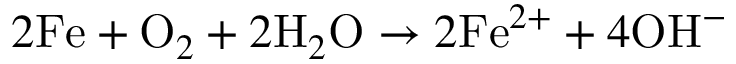
2 \mathrm { F e } + \mathrm { O } _ { 2 } + 2 \mathrm { H } _ { 2 } \mathrm { O } \rightarrow 2 \mathrm { F e } ^ { 2 + } + 4 \mathrm { O H } ^ { - }